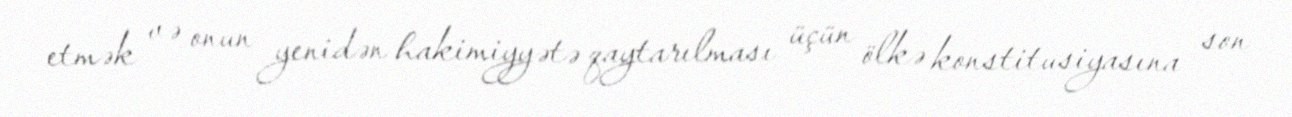
etmək və onun yenidən hakimiyyətə qaytarılması üçün ölkə konstitusiyasına son